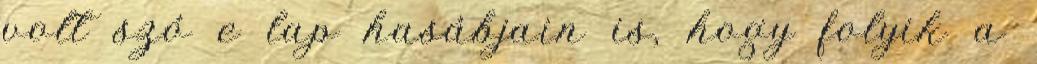
volt szó e lap hasábjain is, hogy folyik a